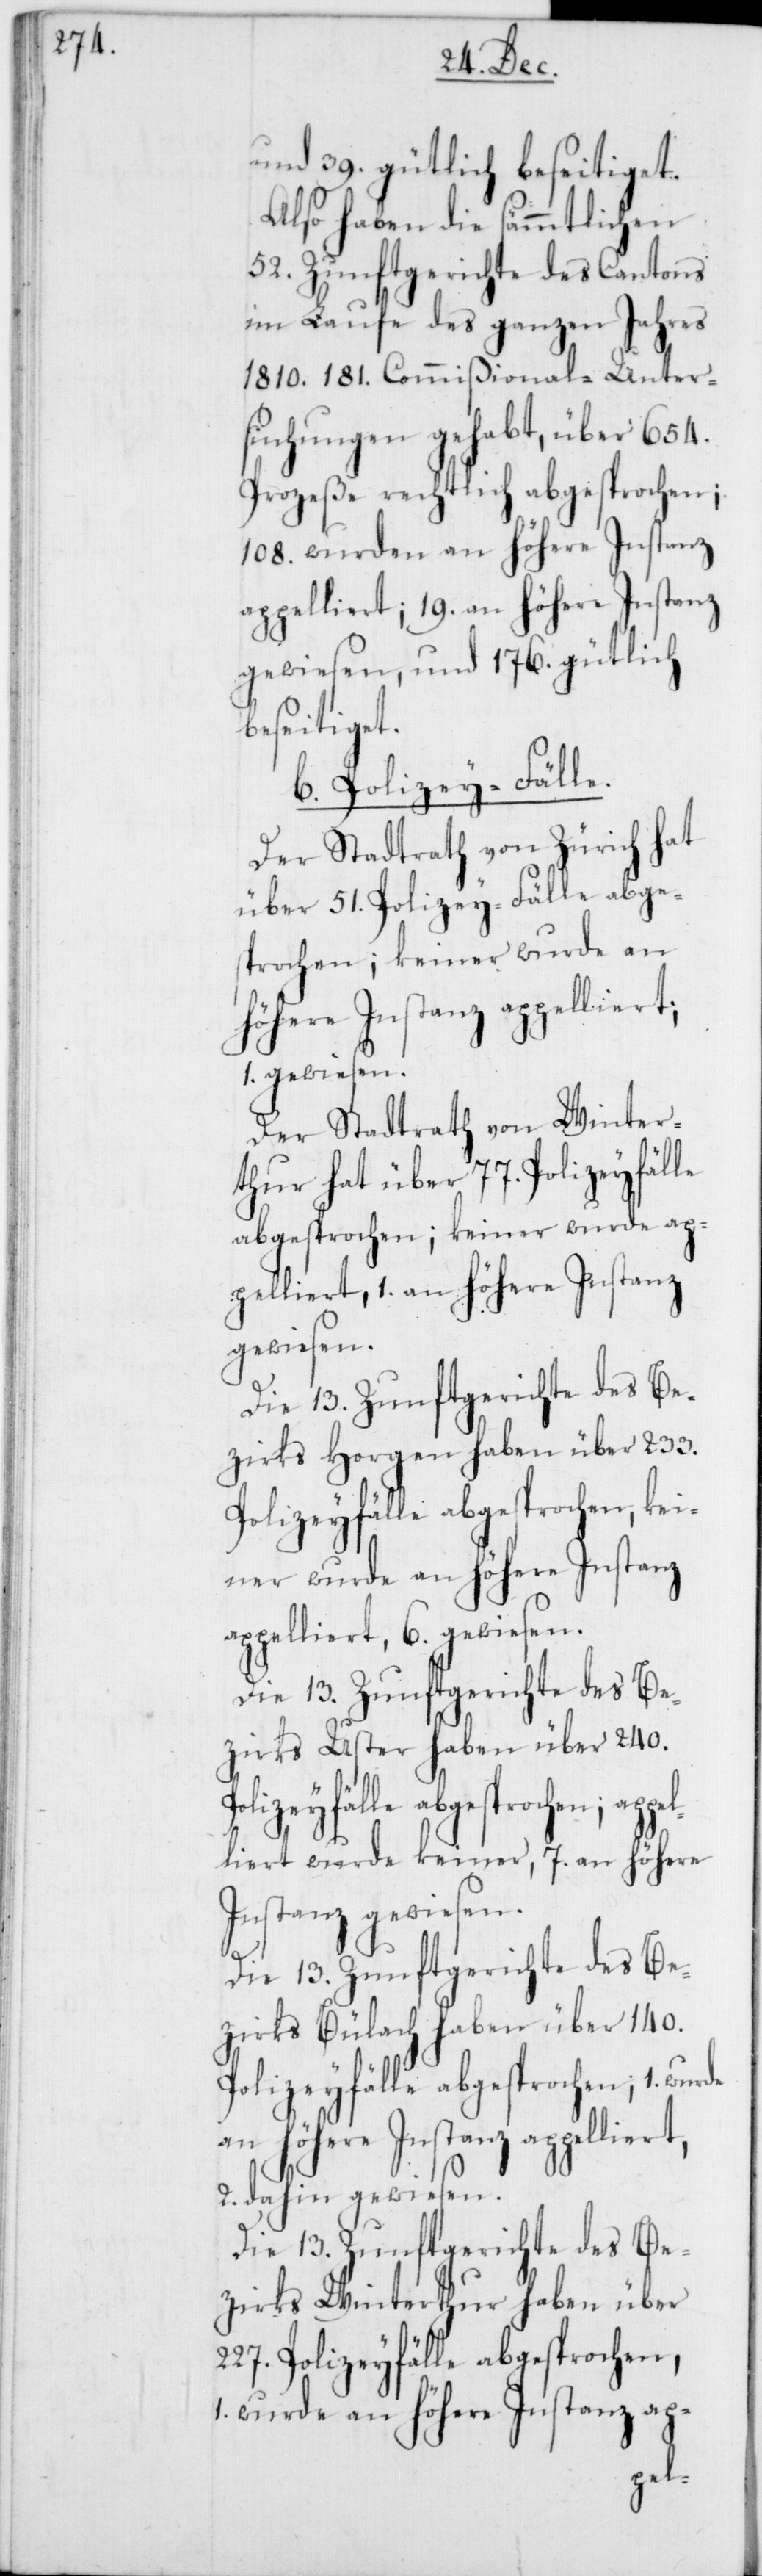
l¬

und 39. gütlich beseitiget.
Also haben die sämmtlichen
52. Zunftgerichte des Cantons
im Laufe des ganzen Jahres
1810. 181. Commißional-Unter¬
suchungen gehabt, über 654.
Prozeße rechtlich abgesprochen;
108. wurden an höhere Instanz
appelliert; 19. an höhere Instanz
gewiesen, und 176. gütlich
beseitiget.
b. Polizey-Fälle.
Der Stadtrath von Zürich hat
über 51. Polizey-Fälle abge¬
sprochen; keiner wurde an
höhere Instanz appelliert,
1. gewiesen.
Der Stadtrath von Winter¬
thur hat über 77. Polizeyfälle
abgesprochen; keiner wurde ap¬
pelliert, 1. an höhere Instanz
gewiesen.
Die 13. Zunftgerichte des Be¬
zirks Horgen haben über 233.
ppelliert, 6. gewiesen.
Die 13. Zunftgerichte des Be¬
zirks Uster haben über 240.
liert wurde keiner, 7. an höhere
Instanz gewiesen.
Die 13. Zunftgerichte des Be¬
zirks Bülach haben über 140.
Polizeyfälle abgesprochen; 1.
2. dahin gewiesen.
Die 13. Zunftgerichte des Be¬
zirks Winterthur haben über
227. Polizeyfälle abgesprochen,
1. wurde an höhere Instanz ap-